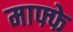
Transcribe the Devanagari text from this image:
माफ्फे